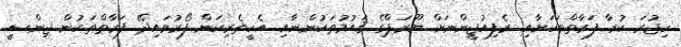
ހިޖުރަ ކުރާ ފަރާތްތަކަށާއި ރެފިއުޖީންނަށް ޔޫރަޕްގެ ޤައުމުތަކުންނާއި އެހީތެރިކަން ފޯރުވައިދޭ ފަރާތްތަކުން ޖިންސީ